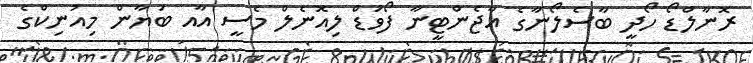
ރޮނާލްޑޯ ހޯދީ ބާސެލޯނާގެ އާޖެންޓީނާ ފޯވަޑް ލިއޮނެލް މެސީ އާއ ބަޔާން މިއުނިކްގެ